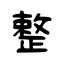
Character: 整